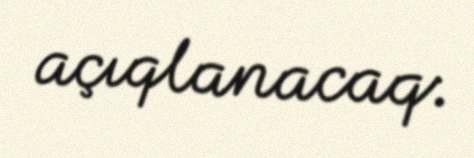
açıqlanacaq.